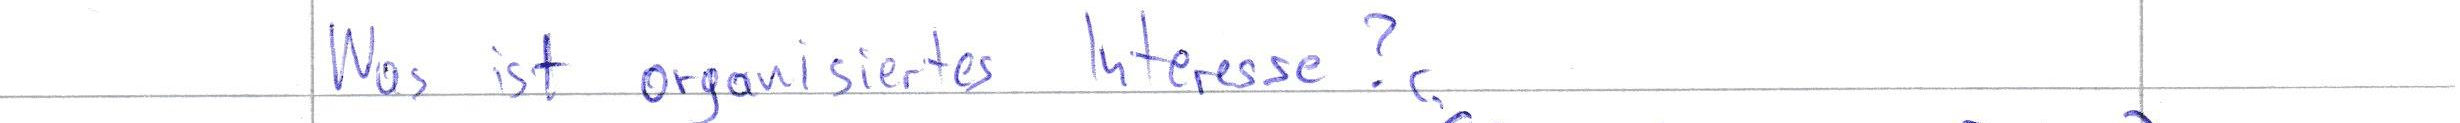
Was ist organisiertes Interesse?